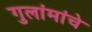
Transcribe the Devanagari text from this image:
गुलांमांचे